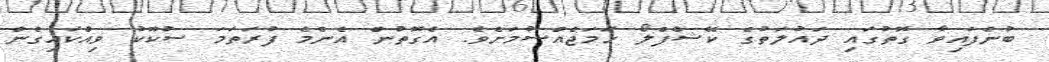
ބުނެފައިވާ ގޮތުގައި ދައުލަތުގެ ކޭޝްފްލޯ ހަމަޖެއްސުމަށެވެ. އެގޮތުން އެންމެ ފުރަތަމަ ސުކޫކު ވިއްކައިގެން